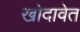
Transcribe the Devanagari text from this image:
खोदावेत